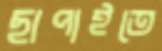
ছাপাইতে